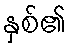
နှစ်၏